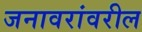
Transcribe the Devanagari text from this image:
जनावरांवरील